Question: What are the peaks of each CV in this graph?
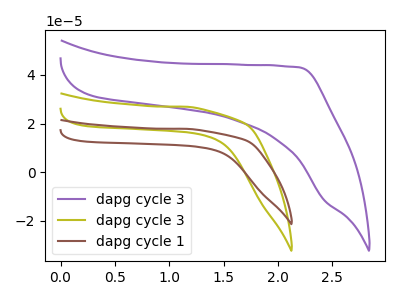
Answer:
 <answer>The purple curve "dapg cycle 3" has no peaks. The olive curve "dapg cycle 3" has no peaks. The brown curve "dapg cycle 1" has no peaks.</answer>
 <eval></eval>